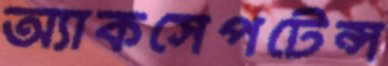
অ্যাকসেপটেন্স